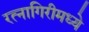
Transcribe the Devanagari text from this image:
रत्नागिरीमध्ये